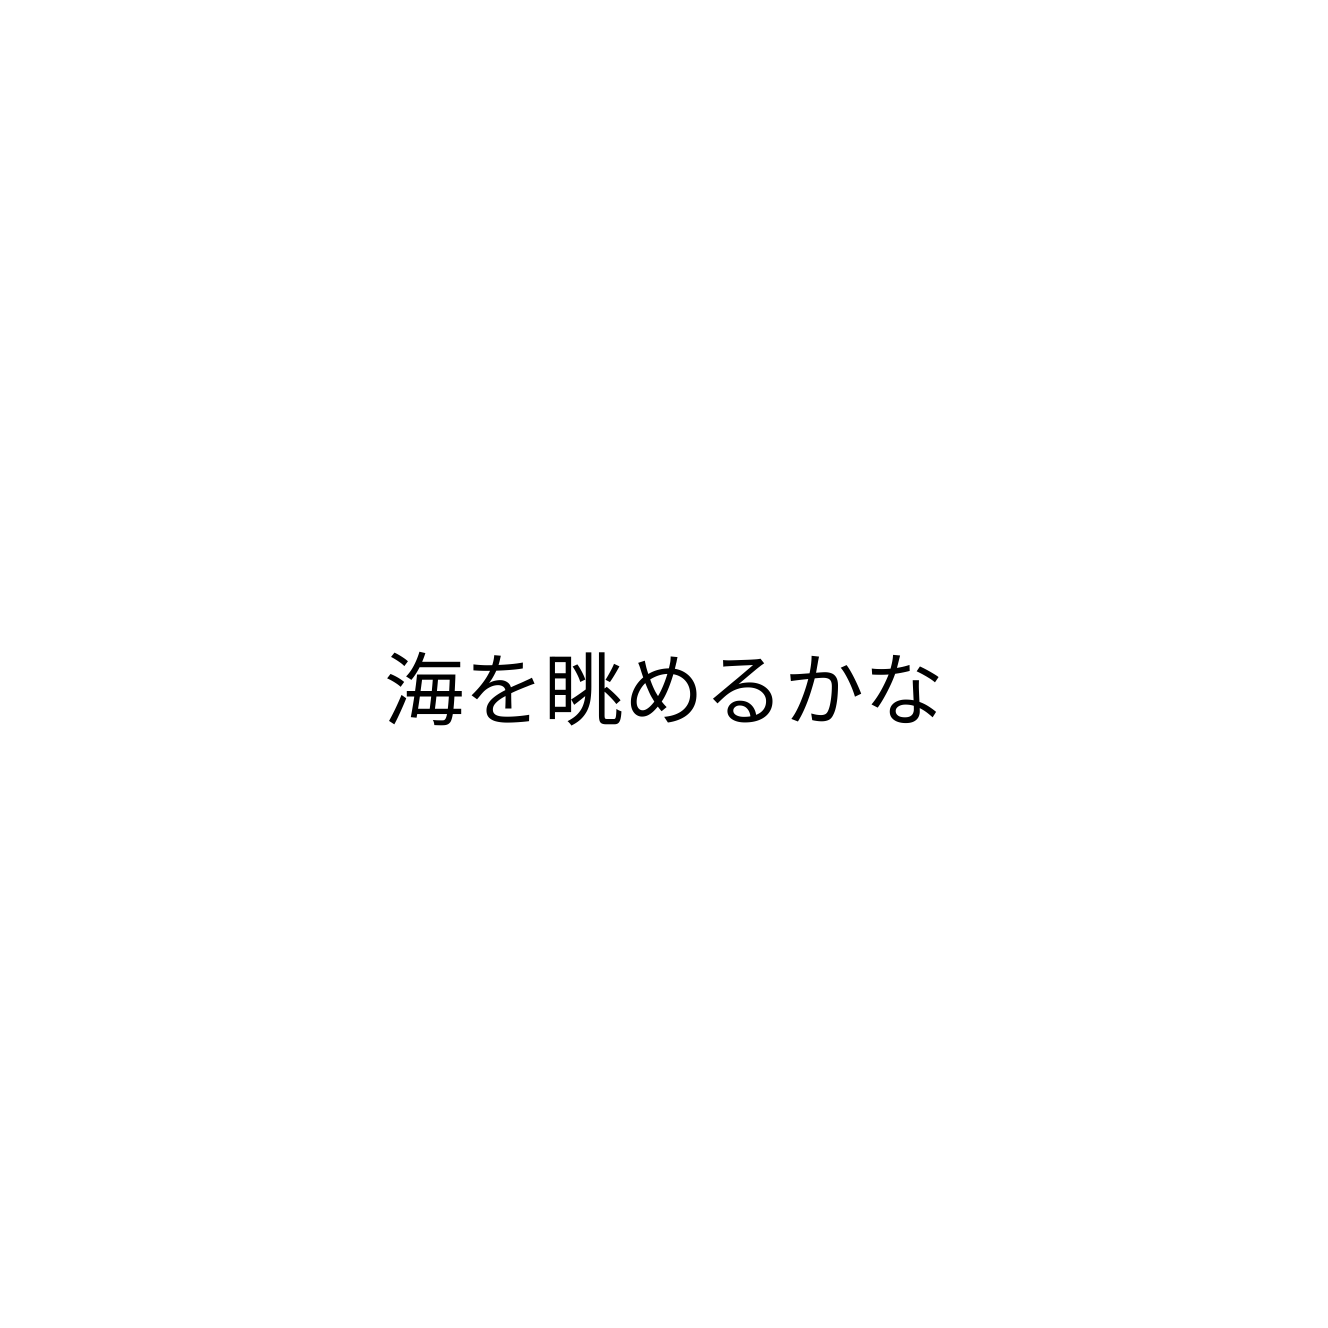
海を眺めるかな